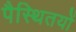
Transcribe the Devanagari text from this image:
पैस्थितयों